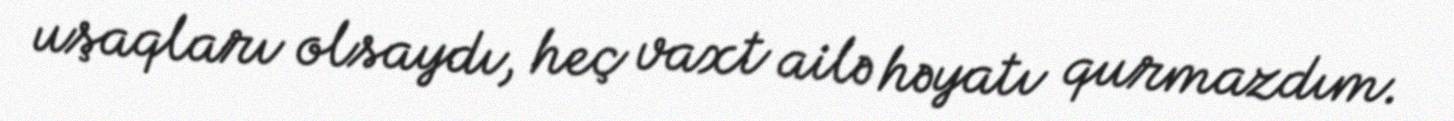
uşaqları olsaydı, heç vaxt ailə həyatı qurmazdım.